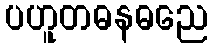
ပဟူတဓနဓညေ